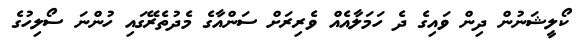
ކޯލީޝަނުން ދިން ވައިގެ ދެ ހަމަލާއެއް ވެރިރަށް ސަންއާގެ މެދުތެރޭގައި ހުންނަ ސޯލިހުގެ